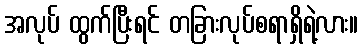
အလုပ် ထွက်ပြီးရင် တခြားလုပ်စရာရှိရဲ့လား။